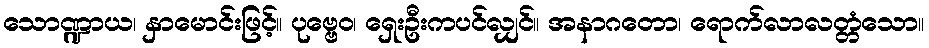
သောဏ္ဍာယ၊ နှာမောင်းဖြင့်။ ပုဗ္ဗေဝ၊ ရှေးဦးကပင်လျှင်။ အနာဂတော၊ ရောက်လာလတ္တံသော။